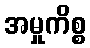
အမှုကိစ္စ